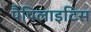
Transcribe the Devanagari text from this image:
पैपिलाइटिस